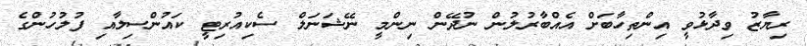
ރިޔާޒު ވިދާޅުވީ އިންތިހާބަށް އެއްބާރުލުން ނުދޭން ނިންމީ ނޭޝަނަލް ސެކިއުރިޓީ ކައުންސިލާއި ފުލުހުންގެ